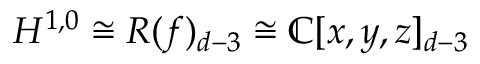
H ^ { 1 , 0 } \cong R ( f ) _ { d - 3 } \cong \mathbb { C } [ x , y , z ] _ { d - 3 }